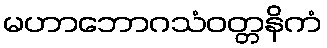
မဟာဘောဂသံဝတ္တနိကံ